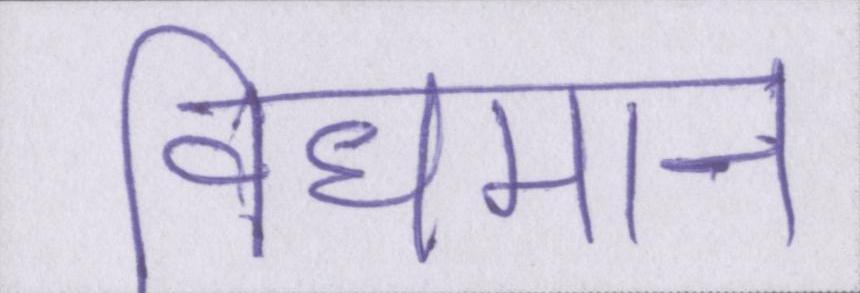
विधमान